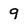
Character: 9